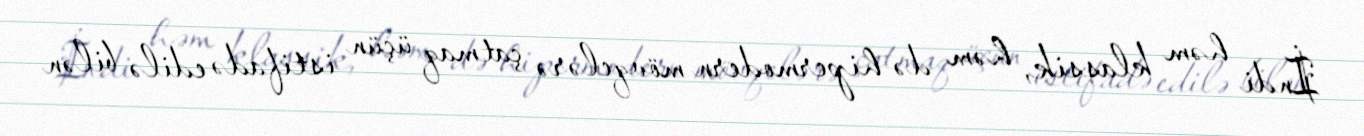
İndi həm klassik, həm də hipermodern mövqelərə çatmaq üçün istifadə edilə bilən